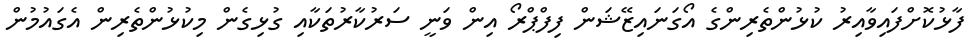
ފާޅުކޮށްފައިވާއިރު ކުޅުންތެރިންގެ އޯގަނައިޒޭޝަން ފިފްޕްރޯ އިން ވަނީ ސަރުކާރުތަކާއި ގުޅިގެން މިކުޅުންތެރިން އެގައުމުން